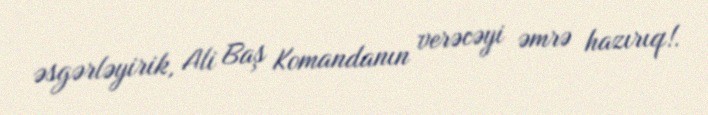
əsgərləyirik, Ali Baş Komandanın verəcəyi əmrə hazırıq!.